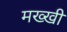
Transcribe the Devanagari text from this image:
मख्खी